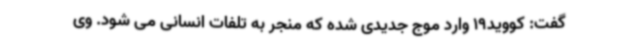
گفت: کووید19 وارد موج جدیدی شده که منجر به تلفات انسانی می‌ شود. وی